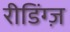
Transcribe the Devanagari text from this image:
रीडिंग्ज़